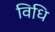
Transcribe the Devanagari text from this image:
विधि़